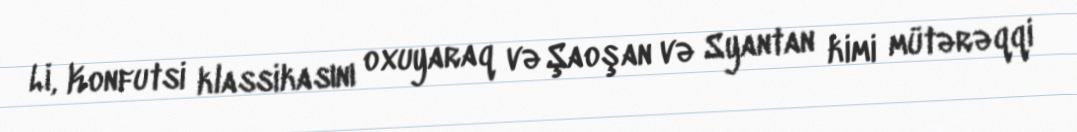
Li, Konfutsi klassikasını oxuyaraq və Şaoşan və Syantan kimi mütərəqqi